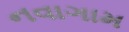
નવાગામ